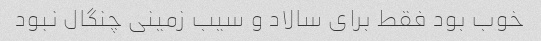
خوب بود فقط برای سالاد و سیب زمینی چنگال نبود